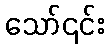
သော်၎င်း